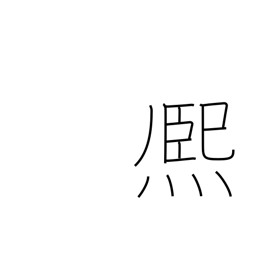
Meaning: shine